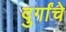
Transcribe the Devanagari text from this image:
दुर्गांचे